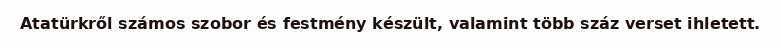
Atatürkről számos szobor és festmény készült, valamint több száz verset ihletett.